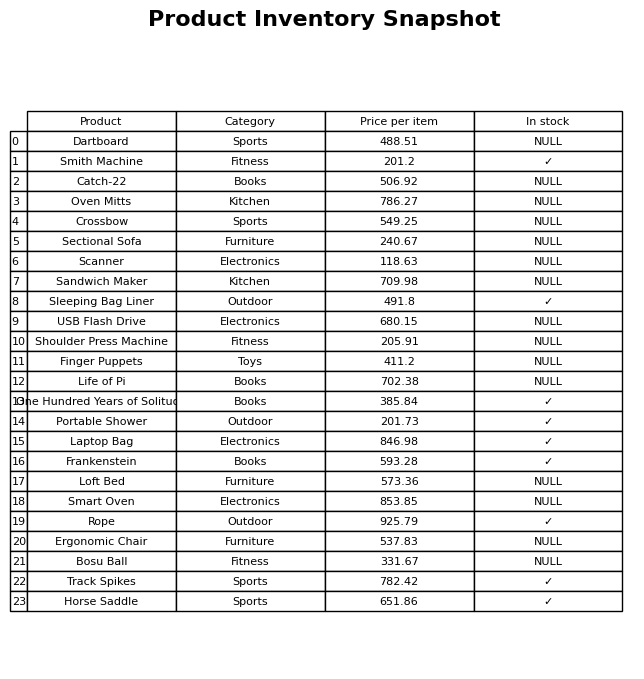
question: What category does the Dartboard belong to?
answer: Sports